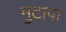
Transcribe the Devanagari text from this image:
मुटापा